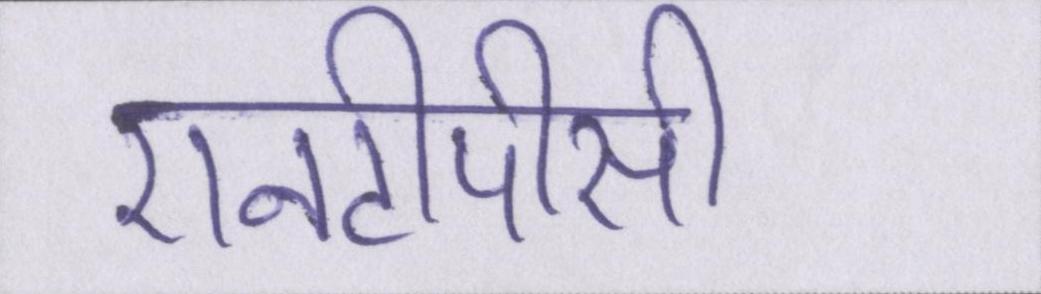
एनटीपीसी